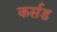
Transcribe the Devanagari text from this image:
कर्सड